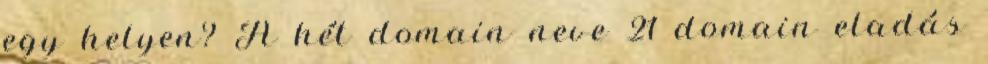
egy helyen? A hét domain neve 21 domain eladás